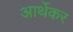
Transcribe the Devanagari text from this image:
आर्थेकर